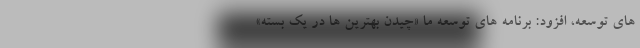
های توسعه، افزود: برنامه های توسعه ما «چیدن بهترین ها در یک بسته»